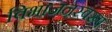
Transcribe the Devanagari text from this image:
विभाजनस्वरूप